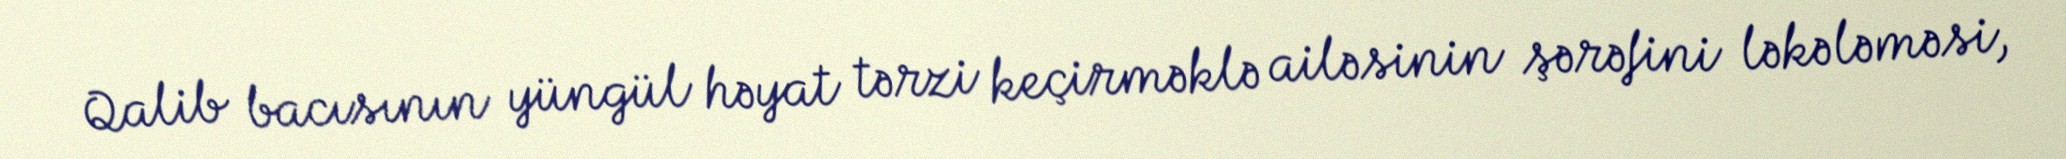
Qalib bacısının yüngül həyat tərzi keçirməklə ailəsinin şərəfini ləkələməsi,